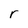
Character: r